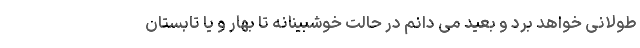
طولانی خواهد برد و بعید می دانم در حالت خوشبینانه تا بهار و یا تابستان